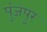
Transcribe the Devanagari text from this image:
पुंजपुर